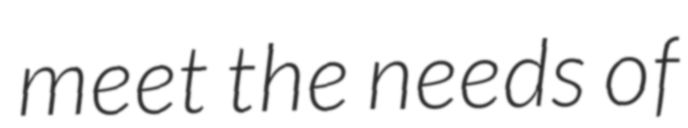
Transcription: meet the needs of